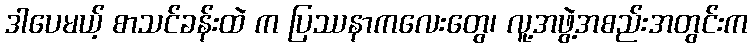
ဒါပေမယ့် စာသင်ခန်းထဲ က ပြဿနာကလေးတွေ၊ လူ့အဖွဲ့အစည်းအတွင်းက